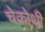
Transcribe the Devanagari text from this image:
चेकोथी